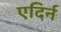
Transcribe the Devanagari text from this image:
एदिर्न